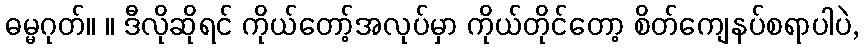
ဓမ္မဂုတ်။ ။ ဒီလိုဆိုရင် ကိုယ်တော့်အလုပ်မှာ ကိုယ်တိုင်တော့ စိတ်ကျေနပ်စရာပါပဲ,